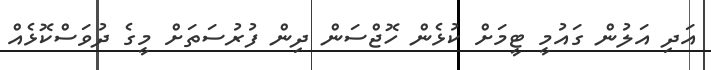
އަދި އަލުން ގައުމީ ޓީމަށް ކުޅެން ހޮޖްސަން ދިން ފުރުސަތަށް މީގެ ދުވަސްކޮޅެއް